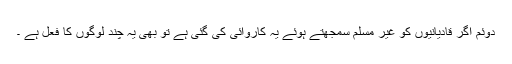
دوئم اگر قادیانیوں کو غیر مسلم سمجھتے ہوئے یہ کاروائی کی گئی ہے تو بھی یہ چند لوگوں کا فعل ہے ۔